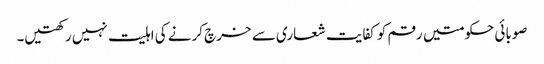
صوبائی حکومتیں رقم کو کفایت شعاری سے خرچ کرنے کی اہلیت نہیں رکھتیں۔